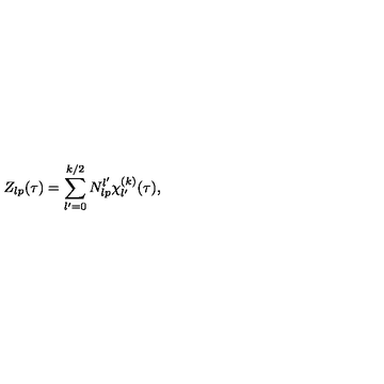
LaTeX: Z _ { l p } ( \tau ) = \sum _ { l ^ { \prime } = 0 } ^ { k / 2 } N _ { l p } ^ { l ^ { \prime } } \chi _ { l ^ { \prime } } ^ { ( k ) } ( \tau ) ,